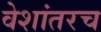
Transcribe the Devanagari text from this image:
वेशांतरच